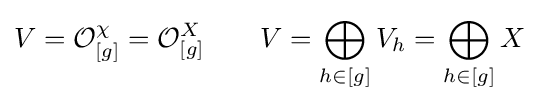
V={\mathcal {O}}_{[g]}^{\chi }={\mathcal {O}}_{[g]}^{X}\qquad V=\bigoplus _{h\in [g]}V_{h}=\bigoplus _{h\in [g]}X